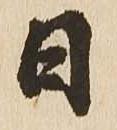
日